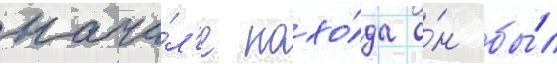
нача́л'е похо́да о́н бы́л